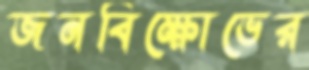
জনবিক্ষোভের